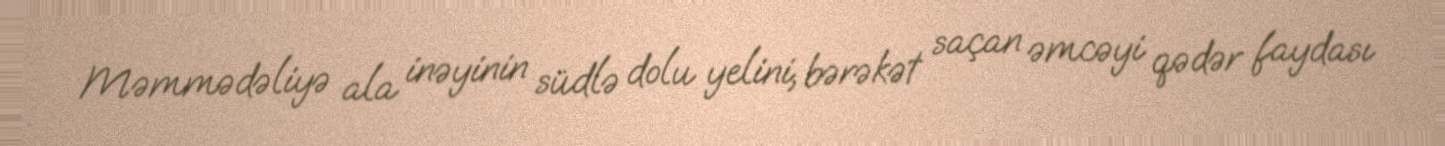
Məmmədəliyə ala inəyinin südlə dolu yelini, bərəkət saçan əmcəyi qədər faydası